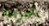
أحزمة